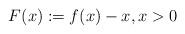
LaTeX: \begin{align*}F(x):=f(x)-x, x>0\end{align*}